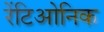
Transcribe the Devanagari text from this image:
रेंटिओनिक